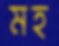
মহ